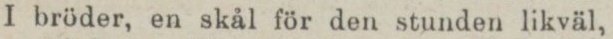
I bröder, en skål för den stunden likväl,